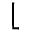
\lfloor